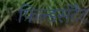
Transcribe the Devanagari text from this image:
फिल्डर्सटैट